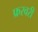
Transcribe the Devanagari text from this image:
फ्ररवरी